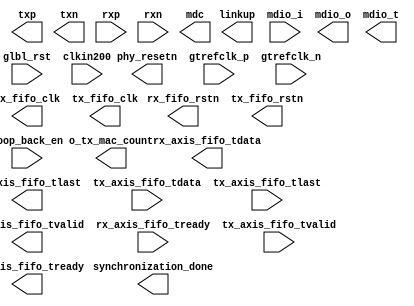
module v7_emac_controller
   (
      // asynchronous reset
      input         glbl_rst,

      // 200MHz clock input from board
      input         clkin200,
      
      output        phy_resetn,
     
     //added SGMII serial data and reference clock ports
      input            gtrefclk_p,            // Differential +ve of reference clock for MGT: 125MHz, very high quality.
      input            gtrefclk_n,            // Differential -ve of reference clock for MGT: 125MHz, very high quality.
      output           txp,                   // Differential +ve of serial transmission from PMA to PMD.
      output           txn,                   // Differential -ve of serial transmission from PMA to PMD.
      input            rxp,                   // Differential +ve for serial reception from PMD to PMA.
      input            rxn,                   // Differential -ve for serial reception from PMD to PMA.
      
      output           synchronization_done,
      output           linkup,

      
      // MDIO Interface
      //---------------
      input         mdio_i,
		output        mdio_o,
		output        mdio_t,
      output        mdc,

		
      // Receiver (AXI-S) Interface
      //----------------------------------------
      output        rx_fifo_clk,
      output        rx_fifo_rstn,
      output [7:0]  rx_axis_fifo_tdata,
      output        rx_axis_fifo_tvalid,
      input         rx_axis_fifo_tready,
      output        rx_axis_fifo_tlast,


      // Transmitter (AXI-S) Interface
      //-------------------------------------------
      output        tx_fifo_clk,
      output        tx_fifo_rstn,
      input  [7:0]  tx_axis_fifo_tdata,
      input         tx_axis_fifo_tvalid,
      output        tx_axis_fifo_tready,
      input         tx_axis_fifo_tlast,
      input         loop_back_en,
      output        o_tx_mac_count
		
    );

endmodule